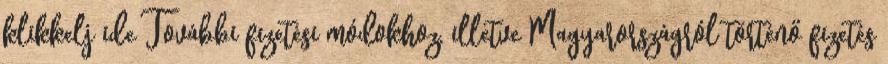
klikkelj ide További fizetési módokhoz, illetve Magyarországról történő fizetés